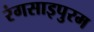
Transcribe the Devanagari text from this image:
रंगसाइपुरम